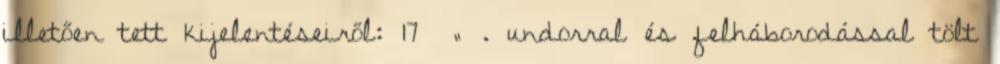
illetően tett kijelentéseiről: 17 „ . undorral és felháborodással tölt